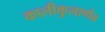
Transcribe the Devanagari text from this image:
कालीकुलार्णव